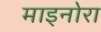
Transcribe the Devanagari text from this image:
माइनोरा